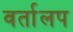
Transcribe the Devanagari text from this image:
वर्तालप